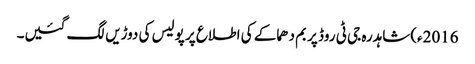
2016ء)شاہدرہ جی ٹی روڈ پر بم دھماکے کی اطلاع پر پولیس کی دوڑیں لگ گئیں۔